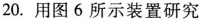
20.用图6所示装置研究